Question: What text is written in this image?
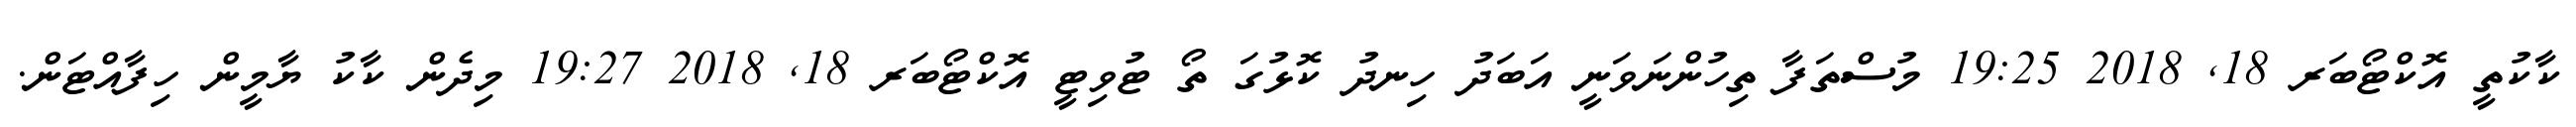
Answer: ކާކުތީ އޮކްޓޯބަރ 18, 2018 19:25 މުސްތަފާ ތިހުންނަވަނީ އަބަދު ހިނދު ކޮޅުގަ ތޯ ޓުވިޓީ އޮކްޓޯބަރ 18, 2018 19:27 މިދެން ކާކު ޔާމީން ހިފާއްޓަން.